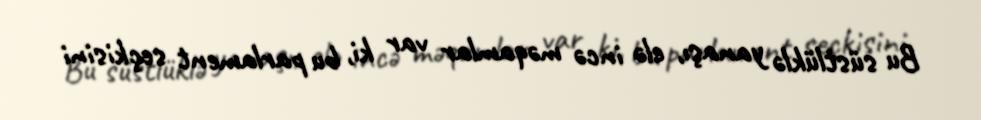
Bu süstlüklə yanaşı, elə incə məqamlar var ki, bu parlament seçkisini